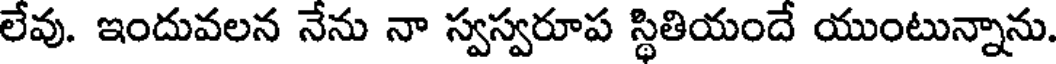
లేవు. ఇందువలన నేను నా స్వస్వరూప స్థితియందే యుంటున్నాను.